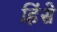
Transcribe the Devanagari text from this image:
हिंसे